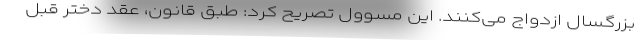
بزرگسال ازدواج می‌کنند. این مسوول تصریح کرد: طبق قانون، عقد دختر قبل